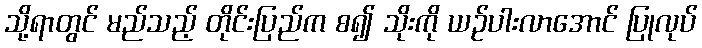
သို့ရာတွင် မည်သည့် တိုင်းပြည်က စ၍ သိုးကို ယဉ်ပါးလာအောင် ပြုလုပ်